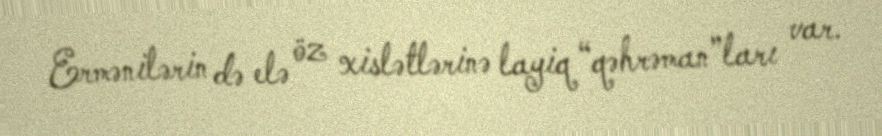
Ermənilərin də elə öz xislətlərinə layiq “qəhrəman”ları var.